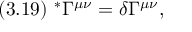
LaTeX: ( 3 . 1 9 ) \ ^ { * } \Gamma ^ { \mu \nu } = \delta \Gamma ^ { \mu \nu } ,